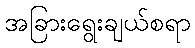
အခြားရွေးချယ်စရာ